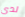
لدي